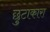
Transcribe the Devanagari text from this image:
छुटाकारा